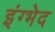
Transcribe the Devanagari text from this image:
इंग्भेद